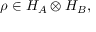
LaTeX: \rho \in H _ { A } \otimes H _ { B } ,